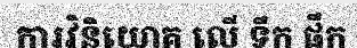
ការវិនិយោគ លើ ទឹក ផឹក